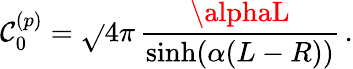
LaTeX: \mathcal{C}_{0}^{(p)}=\sqrt{}{{4\pi}}\, \frac{{\alphaL}}{{\sinh(\alpha(L-R))}}\, .